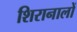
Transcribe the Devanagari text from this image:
शिरानालों